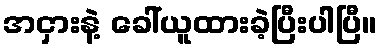
အငှားနဲ့ ခေါ်ယူထားခဲ့ပြီးပါပြီ။